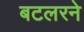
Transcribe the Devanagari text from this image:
बटलरने